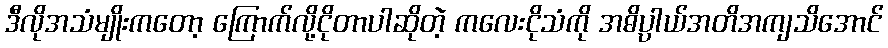
ဒီလိုအသံမျိုးကတော့ ကြောက်လို့ငိုတာပါဆိုတဲ့ ကလေးငိုသံကို အဓိပ္ပါယ်အတိအကျသိအောင်